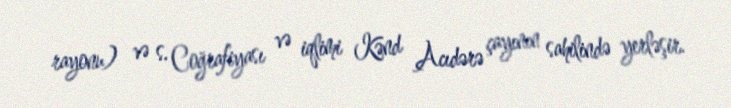
rayonu) və s. Coğrafiyası və iqlimi Kənd Acıdərə çayının sahilində yerləşir.